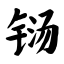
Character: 铴